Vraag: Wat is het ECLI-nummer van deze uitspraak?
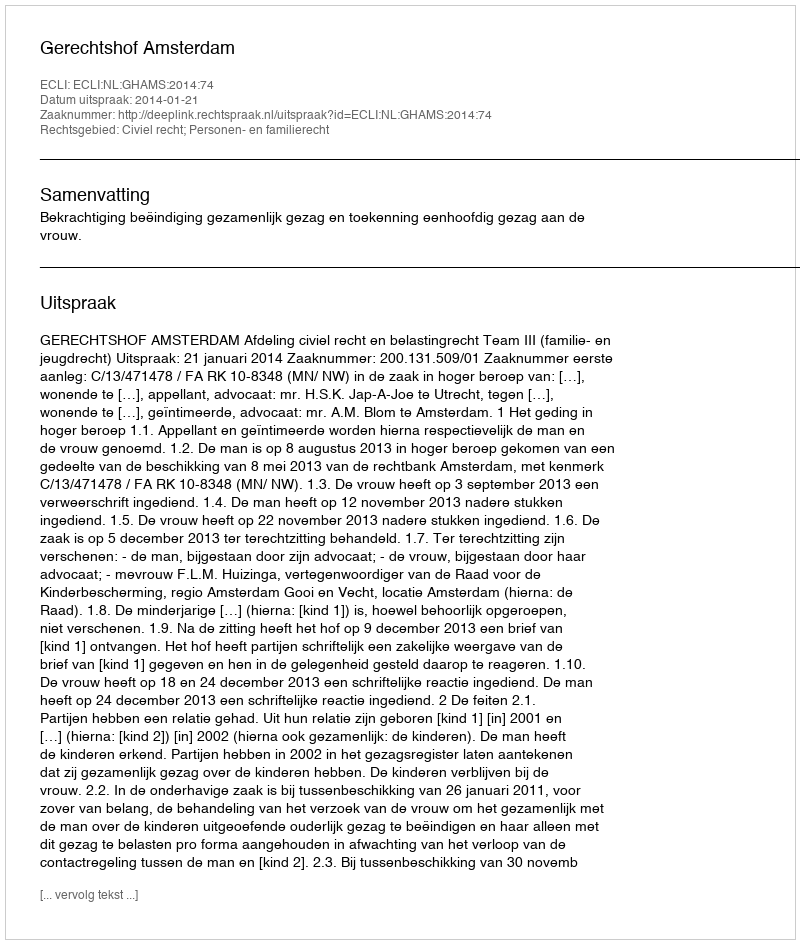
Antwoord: ECLI:NL:GHAMS:2014:74